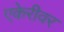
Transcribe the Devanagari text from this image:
एकेरीवर